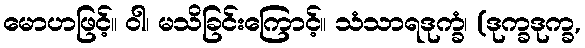
မောဟဖြင့်။ ဝါ၊ မသိခြင်းကြောင့်။ သံသာရဒုက္ခံ၊ (ဒုက္ခဒုက္ခ,